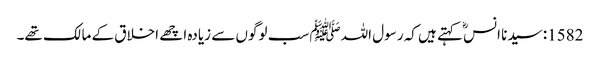
1582: سیدنا انسؓ کہتے ہیں کہ رسول اللہﷺ سب لوگوں سے زیادہ اچھے اخلاق کے مالک تھے۔